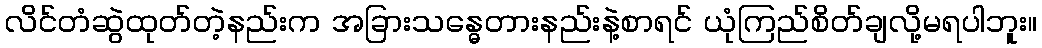
လိင်တံဆွဲထုတ်တဲ့နည်းက အခြားသန္ဓေတားနည်းနဲ့စာရင် ယုံကြည်စိတ်ချလို့မရပါဘူး။